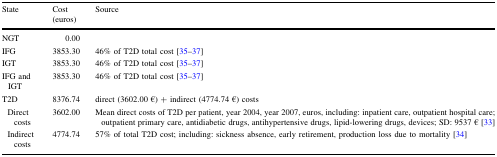
| State | Cost (euros) | Source |
 | --- | --- | --- |
 | NGT | 0.00 |  |
 | IFG | 3853.30 | 46% of T2D total cost [35–37] |
 | IGT | 3853.30 | 46% of T2D total cost [35–37] |
 | IFG and IGT | 3853.30 | 46% of T2D total cost [35–37] |
 | T2D | 8376.74 | direct (3602.00 €) + indirect (4774.74 €) costs |
 | Direct costs | 3602.00 | Mean direct costs of T2D per patient, year 2004, year 2007, euros, including: inpatient care, outpatient hospital care; outpatient primary care, antidiabetic drugs, antihypertensive drugs, lipid-lowering drugs, devices; SD: 9537 € [33] |
 | Indirect costs | 4774.74 | 57% of total T2D cost; including: sickness absence, early retirement, production loss due to mortality [34] |